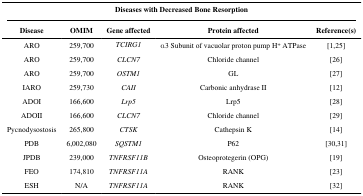
| <COLSPAN=5> Diseases with Decreased Bone Resorption |
 | Disease | OMIM | Gene affected | Protein affected | Reference(s) |
 | --- | --- | --- | --- | --- |
 | ARO | 259,700 | TCIRG1 | α3 Subunit of vacuolar proton pump H+ ATPase | [1,25] |
 | ARO | 259,700 | CLCN7 | Chloride channel | [26] |
 | ARO | 259,700 | OSTM1 | GL | [27] |
 | IARO | 259,730 | CAII | Carbonic anhydrase II | [12] |
 | ADOI | 166,600 | Lrp5 | Lrp5 | [28] |
 | ADOII | 166,600 | CLCN7 | Chloride channel | [29] |
 | Pycnodysostosis | 265,800 | CTSK | Cathepsin K | [14] |
 | PDB | 6,002,080 | SQSTM1 | P62 | [30,31] |
 | JPDB | 239,000 | TNFRSF11B | Osteoprotegerin (OPG) | [19] |
 | FEO | 174,810 | TNFRSF11A | RANK | [23] |
 | ESH | N/A | TNFRSF11A | RANK | [32] |